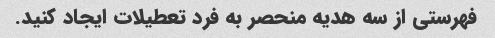
فهرستی از سه هدیه منحصر به فرد تعطیلات ایجاد کنید.